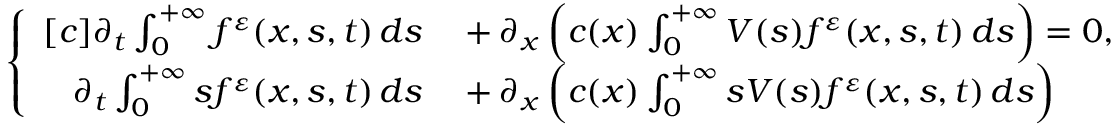
\begin{array} { r } { \left\{ \begin{array} { r l } { [ c ] \partial _ { t } \int _ { 0 } ^ { + \infty } f ^ { \varepsilon } ( x , s , t ) \, d s } & { { } + \partial _ { x } \left( c ( x ) \int _ { 0 } ^ { + \infty } V ( s ) f ^ { \varepsilon } ( x , s , t ) \, d s \right) = 0 , } \\ { \partial _ { t } \int _ { 0 } ^ { + \infty } s f ^ { \varepsilon } ( x , s , t ) \, d s } & { { } + \partial _ { x } \left( c ( x ) \int _ { 0 } ^ { + \infty } s V ( s ) f ^ { \varepsilon } ( x , s , t ) \, d s \right) } \end{array} \right. } \end{array}